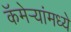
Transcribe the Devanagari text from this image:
कॅमेऱ्यांमध्ये